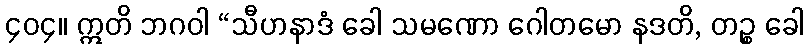
၄၀၄။ ဣတိ ဘဂဝါ “သီဟနာဒံ ခေါ သမဏော ဂေါတမော နဒတိ, တဉ္စ ခေါ